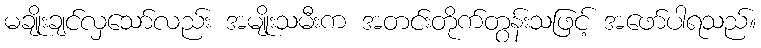
မချိုးချင်လှသော်လည်း အမျိုးသမီးက အတင်းတိုက်တွန်းသဖြင့် အဖော်ပါရသည်။